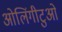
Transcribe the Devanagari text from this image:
ओलिंगीटुओं